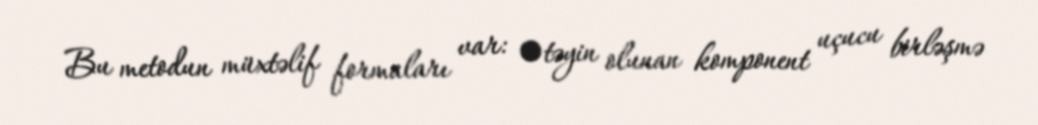
Bu metodun müxtəlif formaları var: •təyin olunan komponent uçucu birləşmə